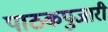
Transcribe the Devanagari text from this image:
पाठकपुजारी